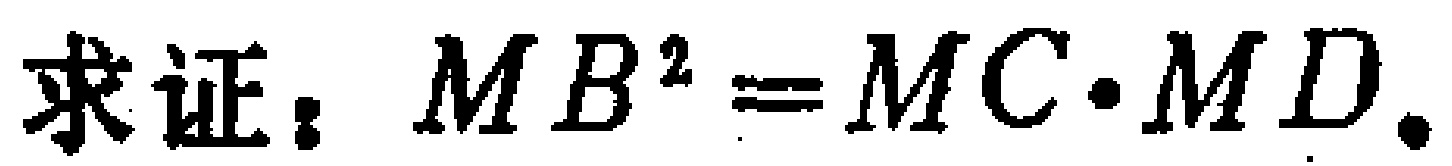
求证：$MB^{2}=MC\cdot MD$.